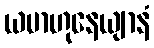
ယမာဟုနေယျာနံ